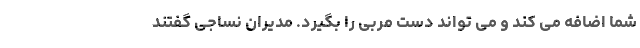
شما اضافه می کند و می تواند دست مربی را بگیرد. مدیران نساجی گفتند